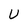
Character: U